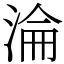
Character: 淪